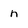
Character: n